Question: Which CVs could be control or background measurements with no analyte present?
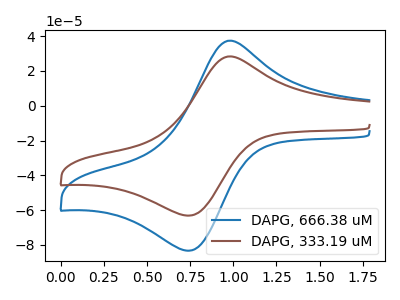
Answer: <think>The blue curve "DAPG, 666.38 uM" has an anodic peak at (0.95V, 37.35uA) and a cathodic peak at (0.75V, -83.40uA). The brown curve "DAPG, 333.19 uM" has an anodic peak at (0.95V, 28.30uA) and a cathodic peak at (0.75V, -63.20uA).</think>
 <answer>There are not any CV's on this graph that are likely to be blanks.</answer>
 <eval>none</eval>